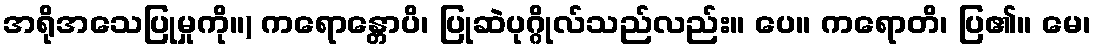
အရိုအသေပြုမှုကို။) ကရောန္တောပိ၊ ပြုဆဲပုဂ္ဂိုလ်သည်လည်း။ ပေ။ ကရောတိ၊ ပြ၏။ မေ၊